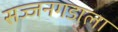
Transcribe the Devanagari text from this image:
सज्जनगडाला